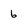
Character: 6